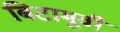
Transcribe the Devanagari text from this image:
बिटामूवी